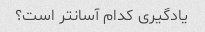
یادگیری کدام آسانتر است؟